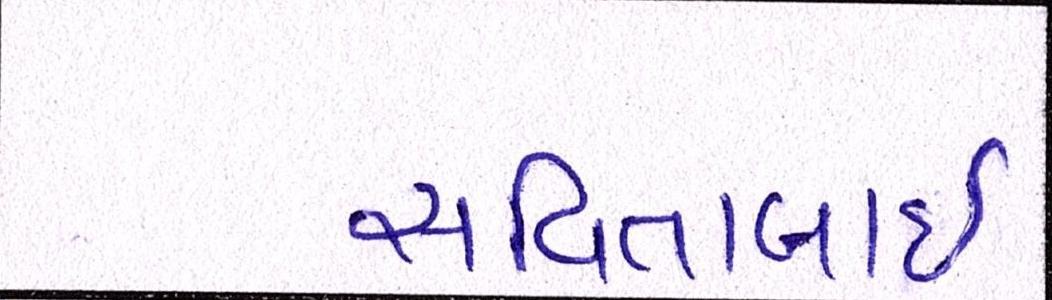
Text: સવિતાબાઇ